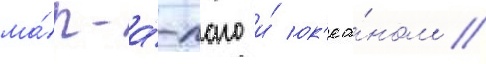
ма́р-а́-лаго и́ ок'еа́ном //